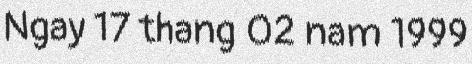
Ngay 17 thang 02 nam 1999